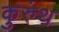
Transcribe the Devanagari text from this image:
कुरुंथ